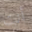
أنت